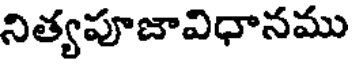
నిత్యపూజావిధానము